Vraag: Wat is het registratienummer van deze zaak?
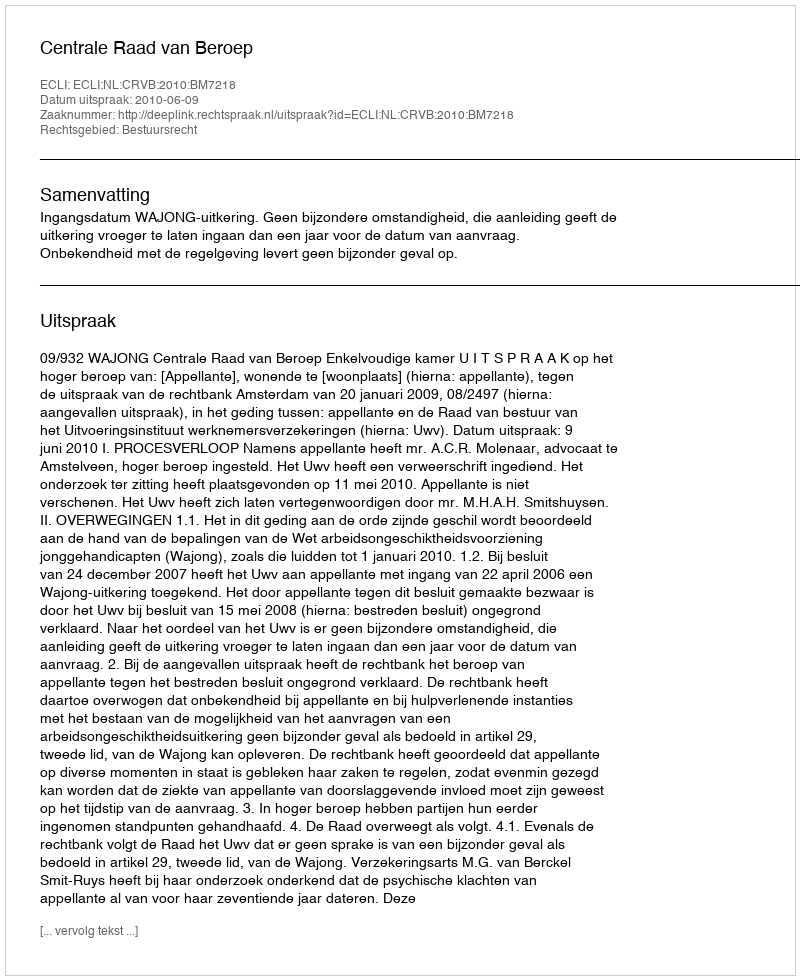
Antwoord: http://deeplink.rechtspraak.nl/uitspraak?id=ECLI:NL:CRVB:2010:BM7218